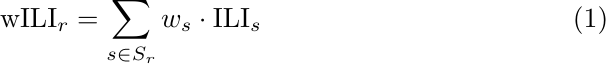
\begin{align}
    \text{wILI}_{r} = \sum_{s \in S_{r}} w_{s} \cdot \text{ILI}_{s}
\end{align}